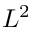
L ^ { 2 }